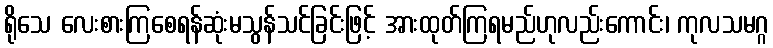
ရိုသေ လေးစားကြစေရန်ဆုံးမသွန်သင်ခြင်းဖြင့် အားထုတ်ကြရမည်ဟုလည်းကောင်း၊ ကုလသမဂ္ဂ